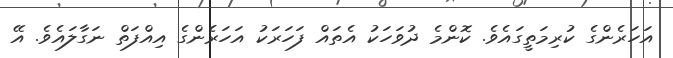
އަހަރެންގެ ކުރިމަތީގައެވެ. ކޮންމެ ދުވަހަކު އެތައް ފަހަރަކު އަހަރެންގެ އިއްފަތް ނަގާލައެވެ. އޭ